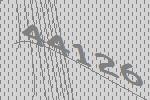
44126